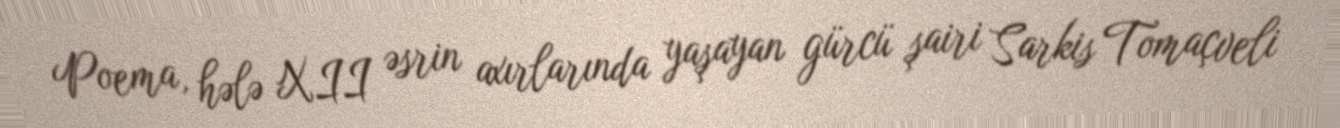
Poema, hələ XII əsrin axırlarında yaşayan gürcü şairi Sarkis Tomaçveli